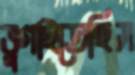
ভুগাইতেছিস